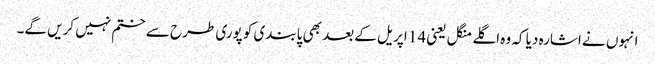
انہوں نے اشارہ دیا کہ وہ اگلے منگل یعنی 14 اپریل کے بعد بھی پابندی کو پوری طرح سے ختم نہیں کریں گے۔